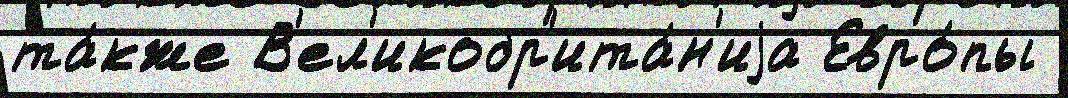
та́кже В'ел'икобр'ита́н'иjа Евро́пы